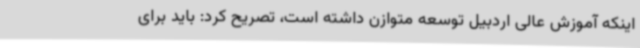
اینکه آموزش عالی اردبیل توسعه متوازن داشته است، تصریح کرد: باید برای